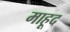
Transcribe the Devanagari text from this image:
माहूद